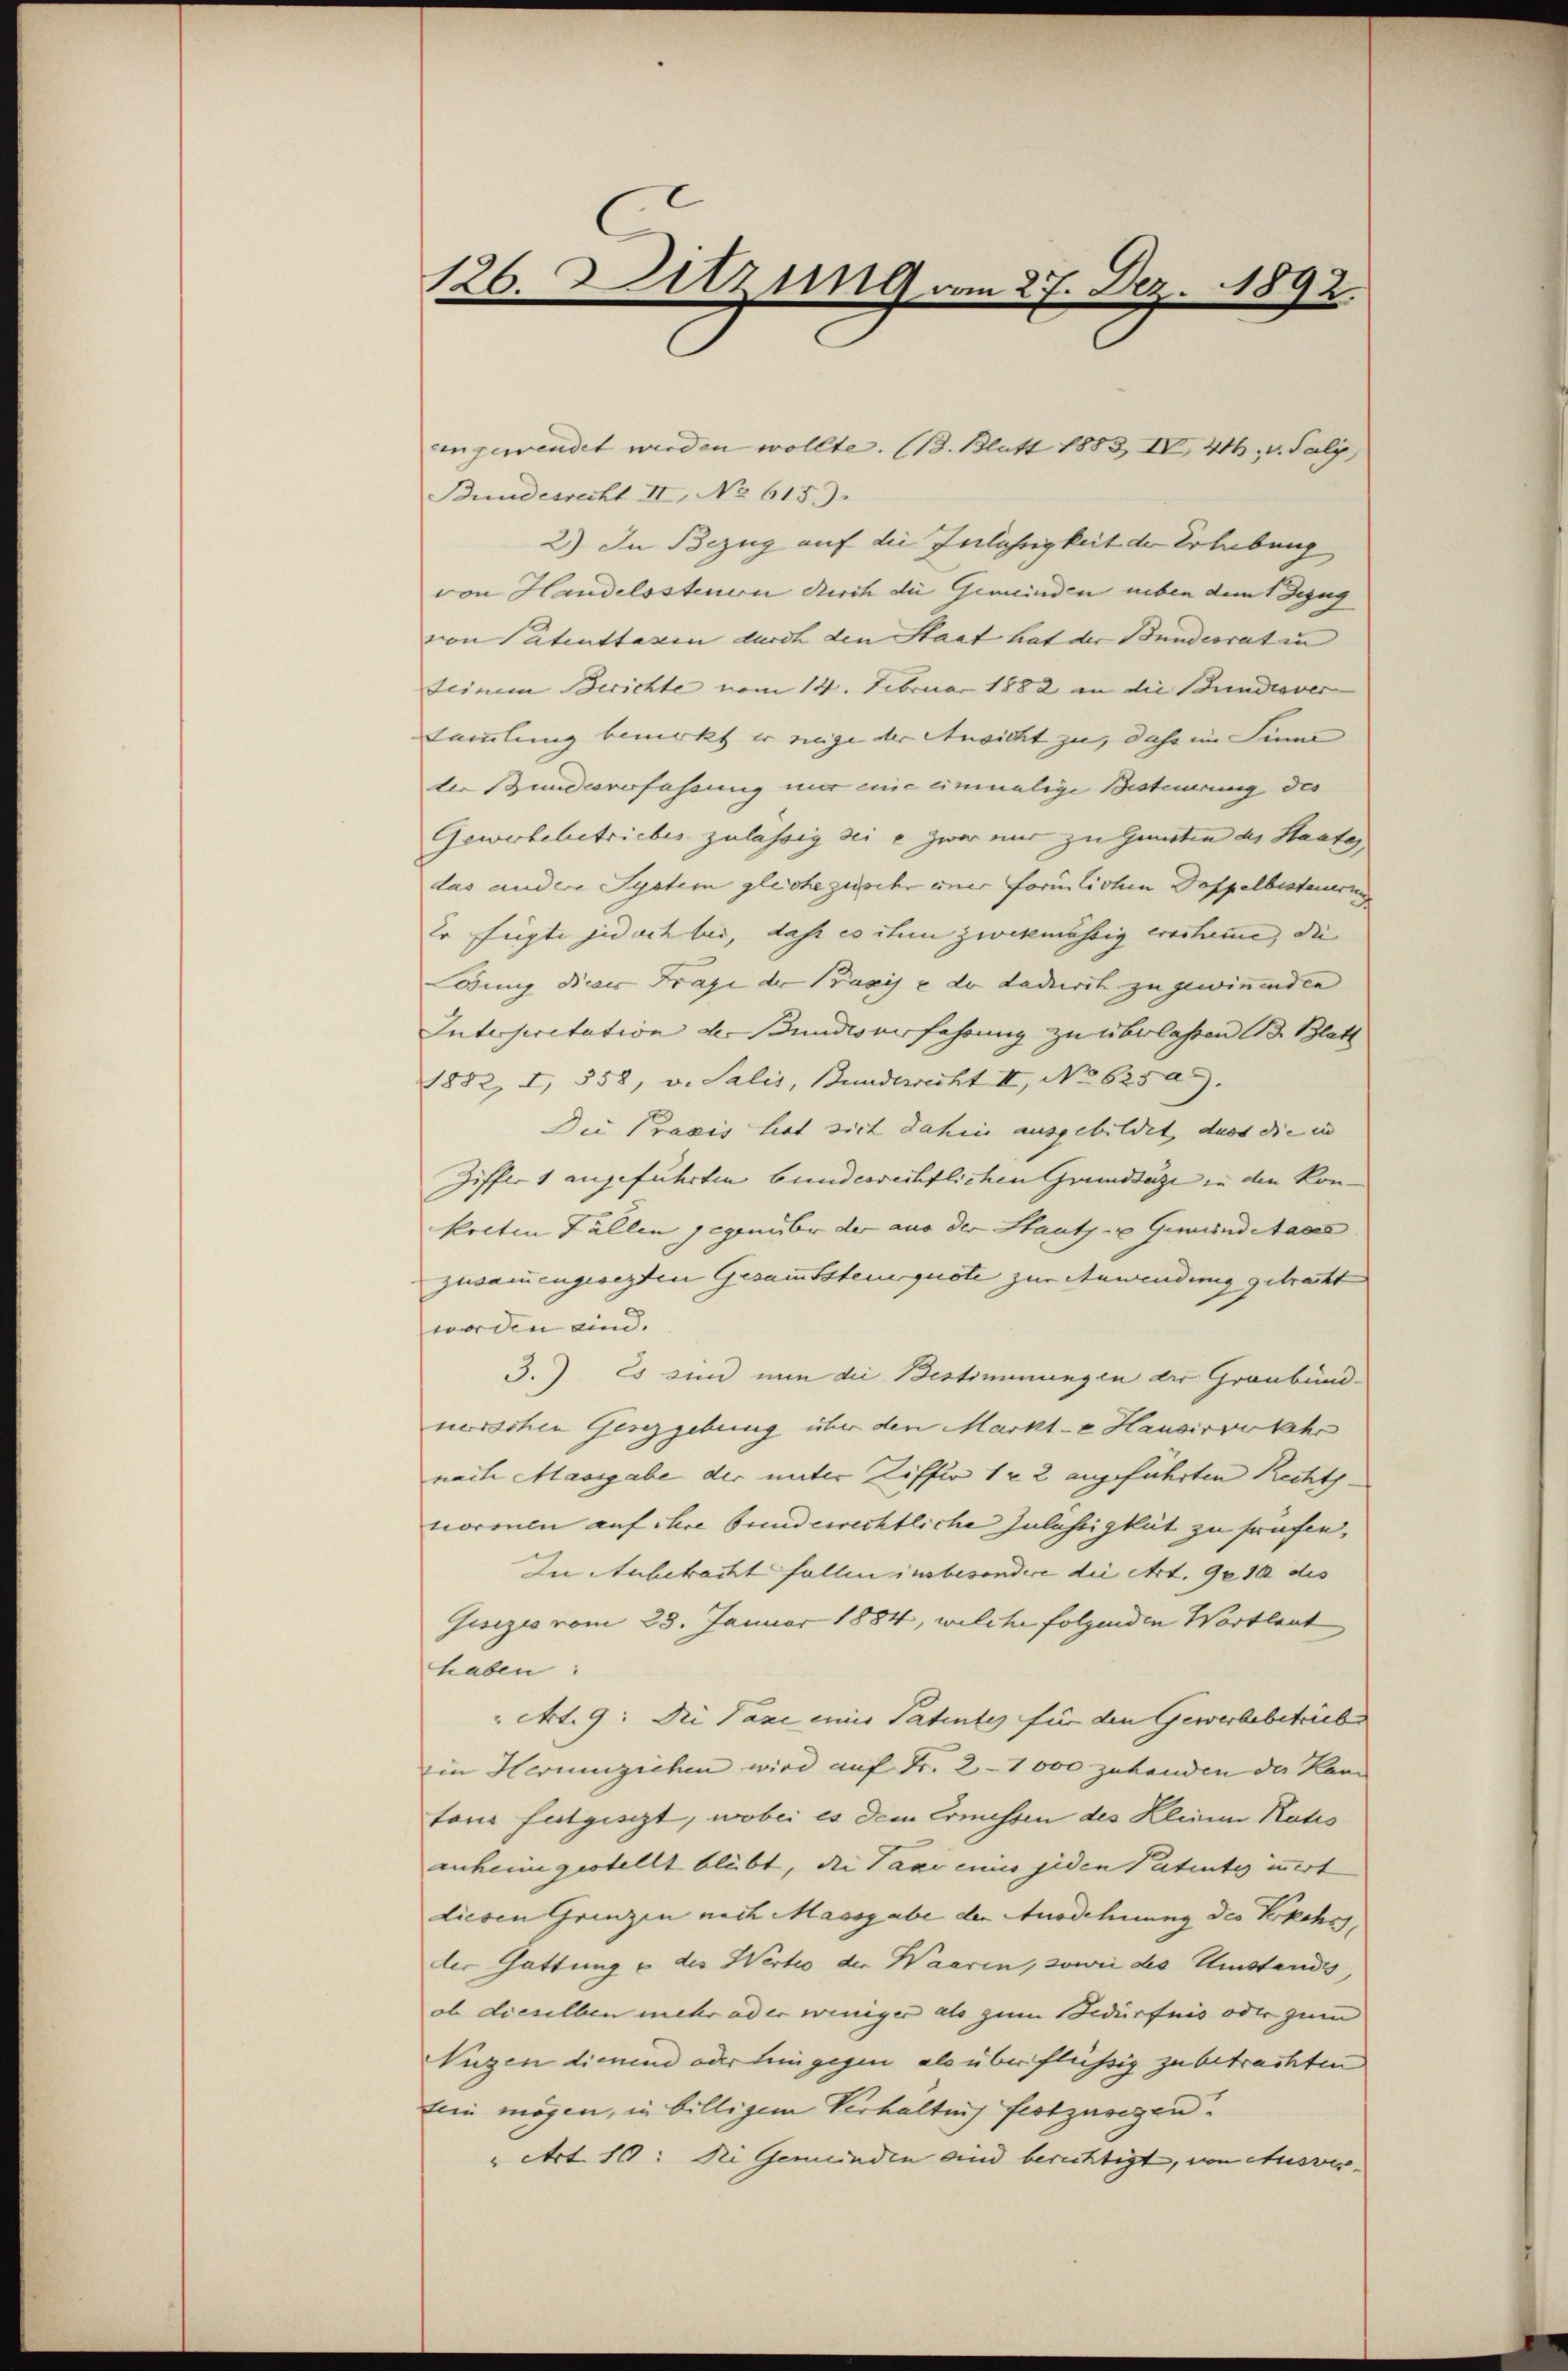
126. Sitzung am 27. Dez. 1892.

in gewendet werden wollte. (B. Blatt 1883, IV 41. v. Saly,
Bundesrecht II, No 615.
2) In Bezug auf die Zulährigkeit der Erhebung
von Handelssteuern durch die Gemeinden neben dem Bezug
von Patenttassen durch den Staat hat der Bundesrat in
teinem Berichte vom 14. Februar 1882 an die Bunderver
Sammlung bemerkt er rege der Ansicht zu, dass im Sinne
ler Bundesverfahrung mir wie einmalige Besteuerung des
Gewerbebetriebes zulässig sei e zwar nur zu Gunsten des Staate
das andere System gleiche zusehr einer Formlichen Doppelbesteuerung
Er fügte jedoch bei, dass es ihm zwekmässig erstume, die
Dung dieses Frage der Praxis u de dadurch zu gewinnenden
Intersiretation der Bunderfahrung zu überlassen B. Blatt
1852, I, 558, v. Salis, Bundesrecht II, No 62505.
Die Praxis hat sich dahin ausgebildet, dass die in
Ziffers angeführten bunderrechtlichen Grundsätze in den Konkolten Fällen gegenüber der aus der Staats- u Gemeindet acce
zusammengesezten Gesammtsteuerquote zur Anwendung gebracht
worden sind.
3.) Es sind nun die Bestimmungen der Graubündnerschen Gesezgebung über den Markte Hausirvokehr
nach Massgabe der unter Ziffer 1 ½ 2 angeführten Rechts-
normen auf ihre bunderrechtliche Zulassigkeit zu trafen,
In Anbetracht fallen insbesondice die Art. 92 10 des
Gesezis vom 23. Januar 1884, welche folgenden Wortlaut,
haben:
 Art. 9: Die Taxe eines Patentes für den Gewerbebetrieben
in Herumziehen wird auf Fr. 2 - 1000 zuhanden da kann
tone futgiszt, wobei es dem Ernüssen des Kleine Kotis
anheimgestellt bleibt, die Taxe eines jeden Patentes innert
diesen Grenzen mit Massgabe der Ausdehnung des Kerkehrs,
ler Gattung u des Wertes der Waaren, sowie des Instandes,
ob dieselben mehr oder weniger als zum Bedürfnis oder zum
Tugen dienend oder hingegen als überflüssig zu betrachten
tein mögen, in billigem Verhältnis festzusegen.
" Art. 10: Die Gemeinden und berichtigt, von Ausses